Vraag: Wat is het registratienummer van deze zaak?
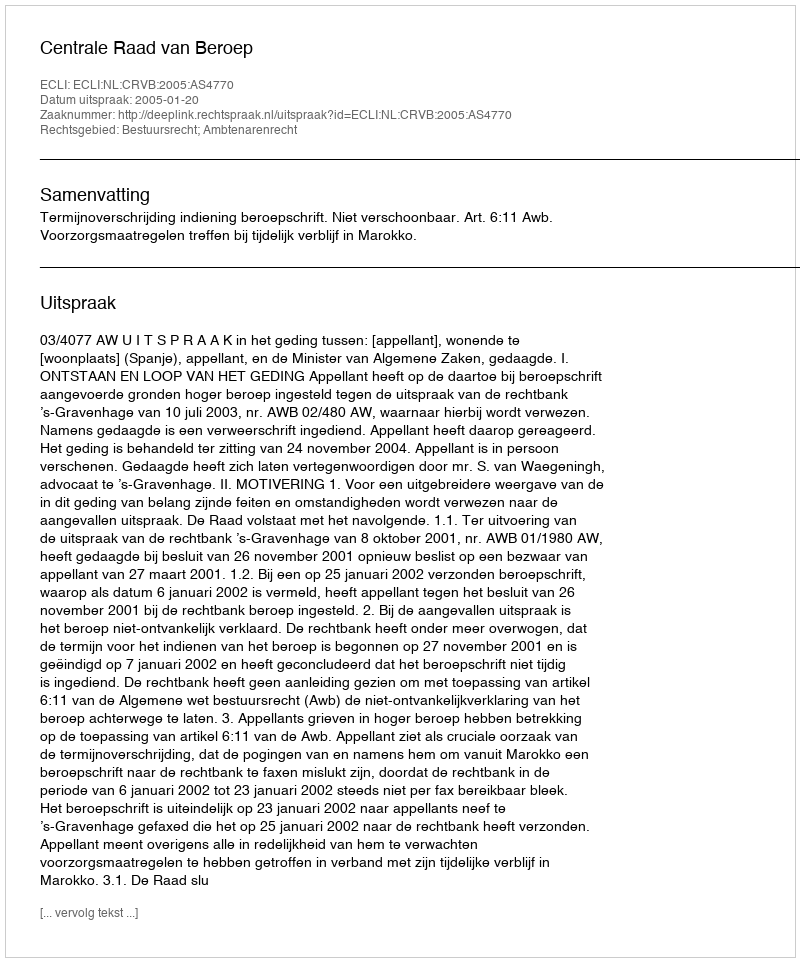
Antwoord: http://deeplink.rechtspraak.nl/uitspraak?id=ECLI:NL:CRVB:2005:AS4770